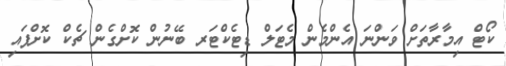
ކޯޓް އިމާރާތަށް ވަންނަ އެންމެން މެޓަލް ޑިޓެކްޓަރ ބޭނުން ކޮށްގެން ޗެކް ކޮށްފައި